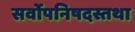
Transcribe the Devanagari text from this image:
सर्वोपनिषदस्तथा